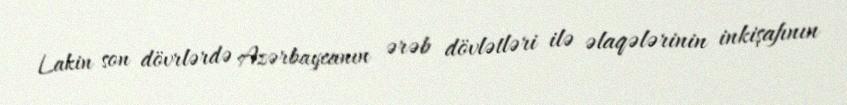
Lakin son dövrlərdə Azərbaycanın ərəb dövlətləri ilə əlaqələrinin inkişafının